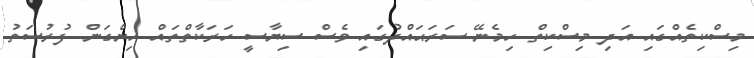
މިސްކިތެއްގައި އަދި މިސްކިތް ހިމެނޭ ސަރަޙައްދުގައި ވެސް ސިޔާސީ ހަރަކާތްތައް ހިންގަން ފުރުސަތު